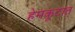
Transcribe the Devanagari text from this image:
हेमकूटात्